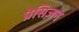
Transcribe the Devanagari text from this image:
प्रेसिज़न